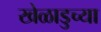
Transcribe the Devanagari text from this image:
खेळाडुच्या